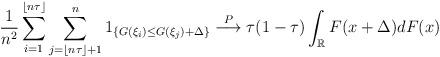
LaTeX: \begin{align*}\frac{1}{n^2}\sum\limits_{i=1}^{\lfloor n\tau\rfloor}\sum\limits_{j=\lfloor n\tau\rfloor +1}^n1_{\left\{G(\xi_i)\leq G(\xi_j)+\Delta\right\}}\overset{P}{\longrightarrow}\tau(1-\tau)\int_{\mathbb{R}}F(x+\Delta)dF(x)\end{align*}